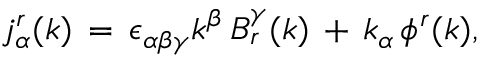
j _ { \alpha } ^ { r } ( k ) \, = \, \epsilon _ { \alpha \beta \gamma } k ^ { \beta } \, B _ { r } ^ { \gamma } ( k ) \, + \, k _ { \alpha } \, \phi ^ { r } ( k ) ,